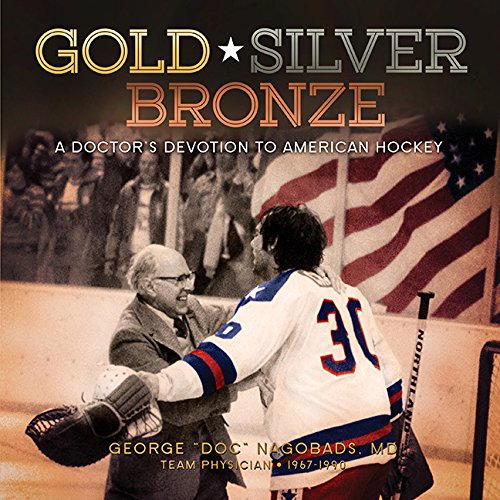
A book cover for Gold, Silver, and Bronze: A Doctor's Devotion to American Hockey; George ''Doc'' Nagobads; Biographies & Memoirs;